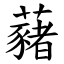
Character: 藸